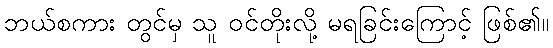
ဘယ်စကား တွင်မှ သူ ဝင်တိုးလို့ မရခြင်းကြောင့် ဖြစ်၏။